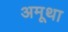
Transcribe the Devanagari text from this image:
अमूथा